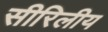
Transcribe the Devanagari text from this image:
सीरिलीय